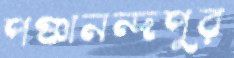
পঞ্চানন্দপুর